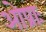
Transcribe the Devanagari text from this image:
ओप्राः